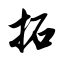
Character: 拓